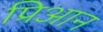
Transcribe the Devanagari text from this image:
प्रिआन